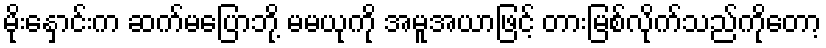
မိုးနှောင်းက ဆက်မပြောဘို့ မမယုကို အမူအယာဖြင့် တားမြစ်လိုက်သည်ကိုတော့